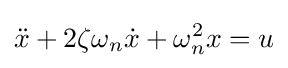
{\ddot {x}}+2\zeta \omega _{n}{\dot {x}}+\omega _{n}^{2}x=u